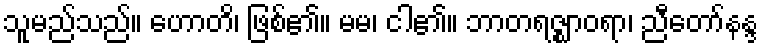
သူမည်သည်။ ဟောတိ၊ ဖြစ်၏။ မမ၊ ငါ၏။ ဘာတရဇ္ဈာဝရာ၊ ညီတော်နန္ဒ